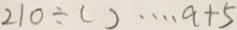
2 1 0 \div ( ) \cdots a + 5